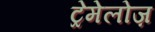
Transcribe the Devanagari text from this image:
ट्रेमेलोज़